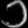
Digit: ၁